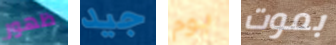
ظهور جيد يوم بموت